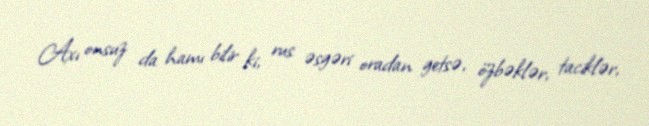
Axı onsuz da hamı bilir ki, rus əsgəri oradan getsə, özbəklər, taciklər,